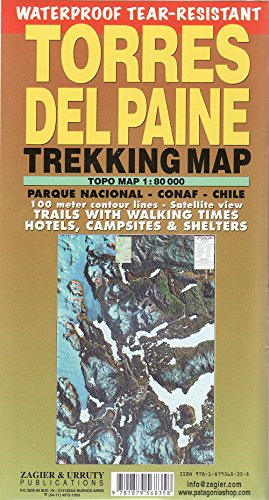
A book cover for Torres del Paine Waterproof Trekking Map (English/Spanish Edition); Sergio Zagier; Reference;